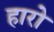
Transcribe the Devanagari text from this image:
हारो